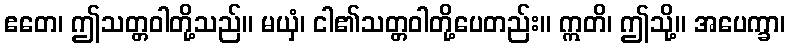
ဧတေ၊ ဤသတ္တဝါတို့သည်။ မယှံ၊ ငါ၏သတ္တဝါတို့ပေတည်း။ ဣတိ၊ ဤသို့။ အပေက္ခာ၊